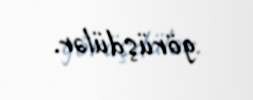
görüşdülər.